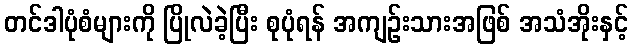
တင်ဒါပုံစံများကို ပြိုလဲခဲ့ပြီး စုပုံရန် အကျဉ်းသားအဖြစ် အသံအိုးနှင့်